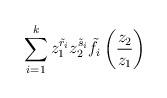
LaTeX: \begin{align*}\sum_{i=1}^{k}z_{1}^{\tilde{r}_{i}}z_{2}^{\tilde{s}_{i}}\tilde{f}_{i}\left(\frac{z_{2}}{z_{1}}\right)\end{align*}